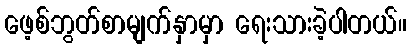
ဖေ့စ်ဘွတ်စာမျက်နှာမှာ ရေးသားခဲ့ပါတယ်။